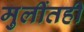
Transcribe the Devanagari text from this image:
मुलींतही